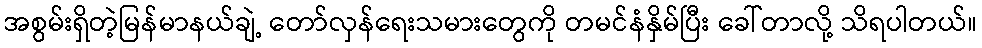
အစွမ်းရှိတဲ့မြန်မာနယ်ချဲ့ တော်လှန်ရေးသမားတွေကို တမင်နံနှိမ်ပြီး ခေါ်တာလို့ သိရပါတယ်။